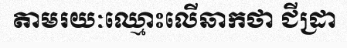
តាមរយៈឈ្មោះលើឆាកថា ជីដ្រា